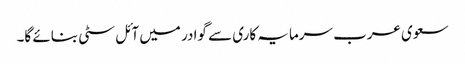
سعوی عرب سرمایہ کاری سے گوادر میں آئل سٹی بنائے گا۔